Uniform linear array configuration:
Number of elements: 16
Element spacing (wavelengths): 0.25
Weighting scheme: kaiser
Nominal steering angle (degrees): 45
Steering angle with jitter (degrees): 46.33
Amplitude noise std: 0.05
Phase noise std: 0.05

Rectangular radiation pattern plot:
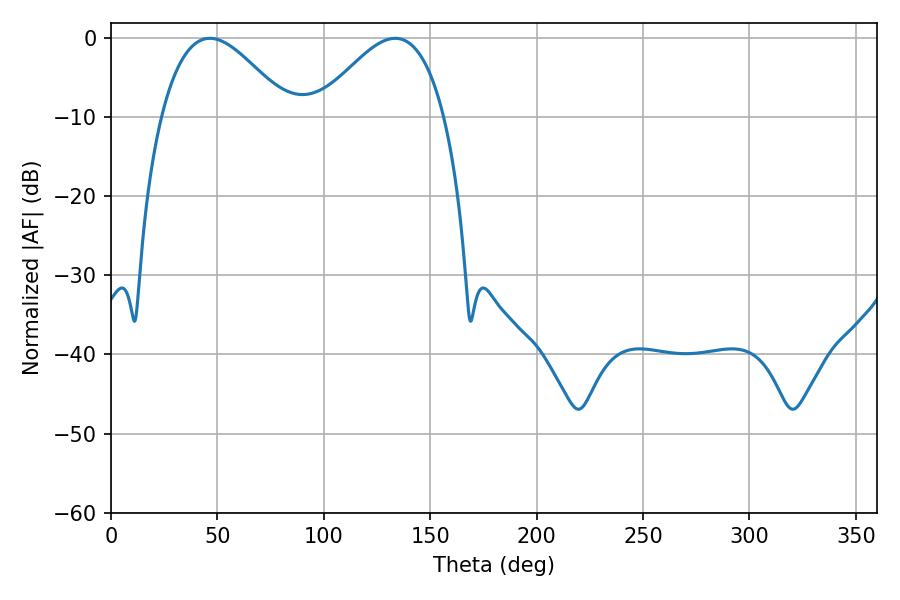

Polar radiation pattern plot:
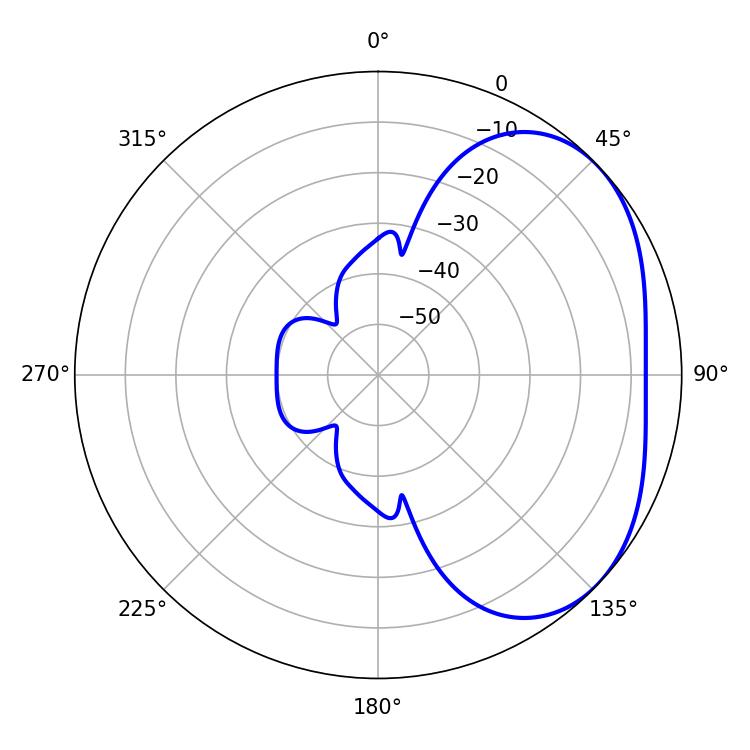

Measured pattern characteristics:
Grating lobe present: FALSE
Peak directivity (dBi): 3.188
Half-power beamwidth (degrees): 32.4
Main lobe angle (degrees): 46.44